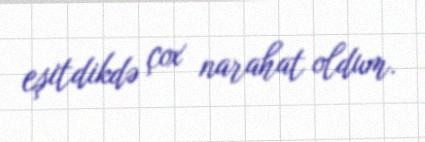
eşitdikdə çox narahat oldum.